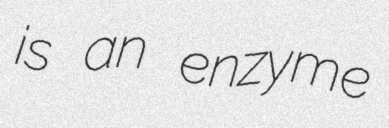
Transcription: is an enzyme